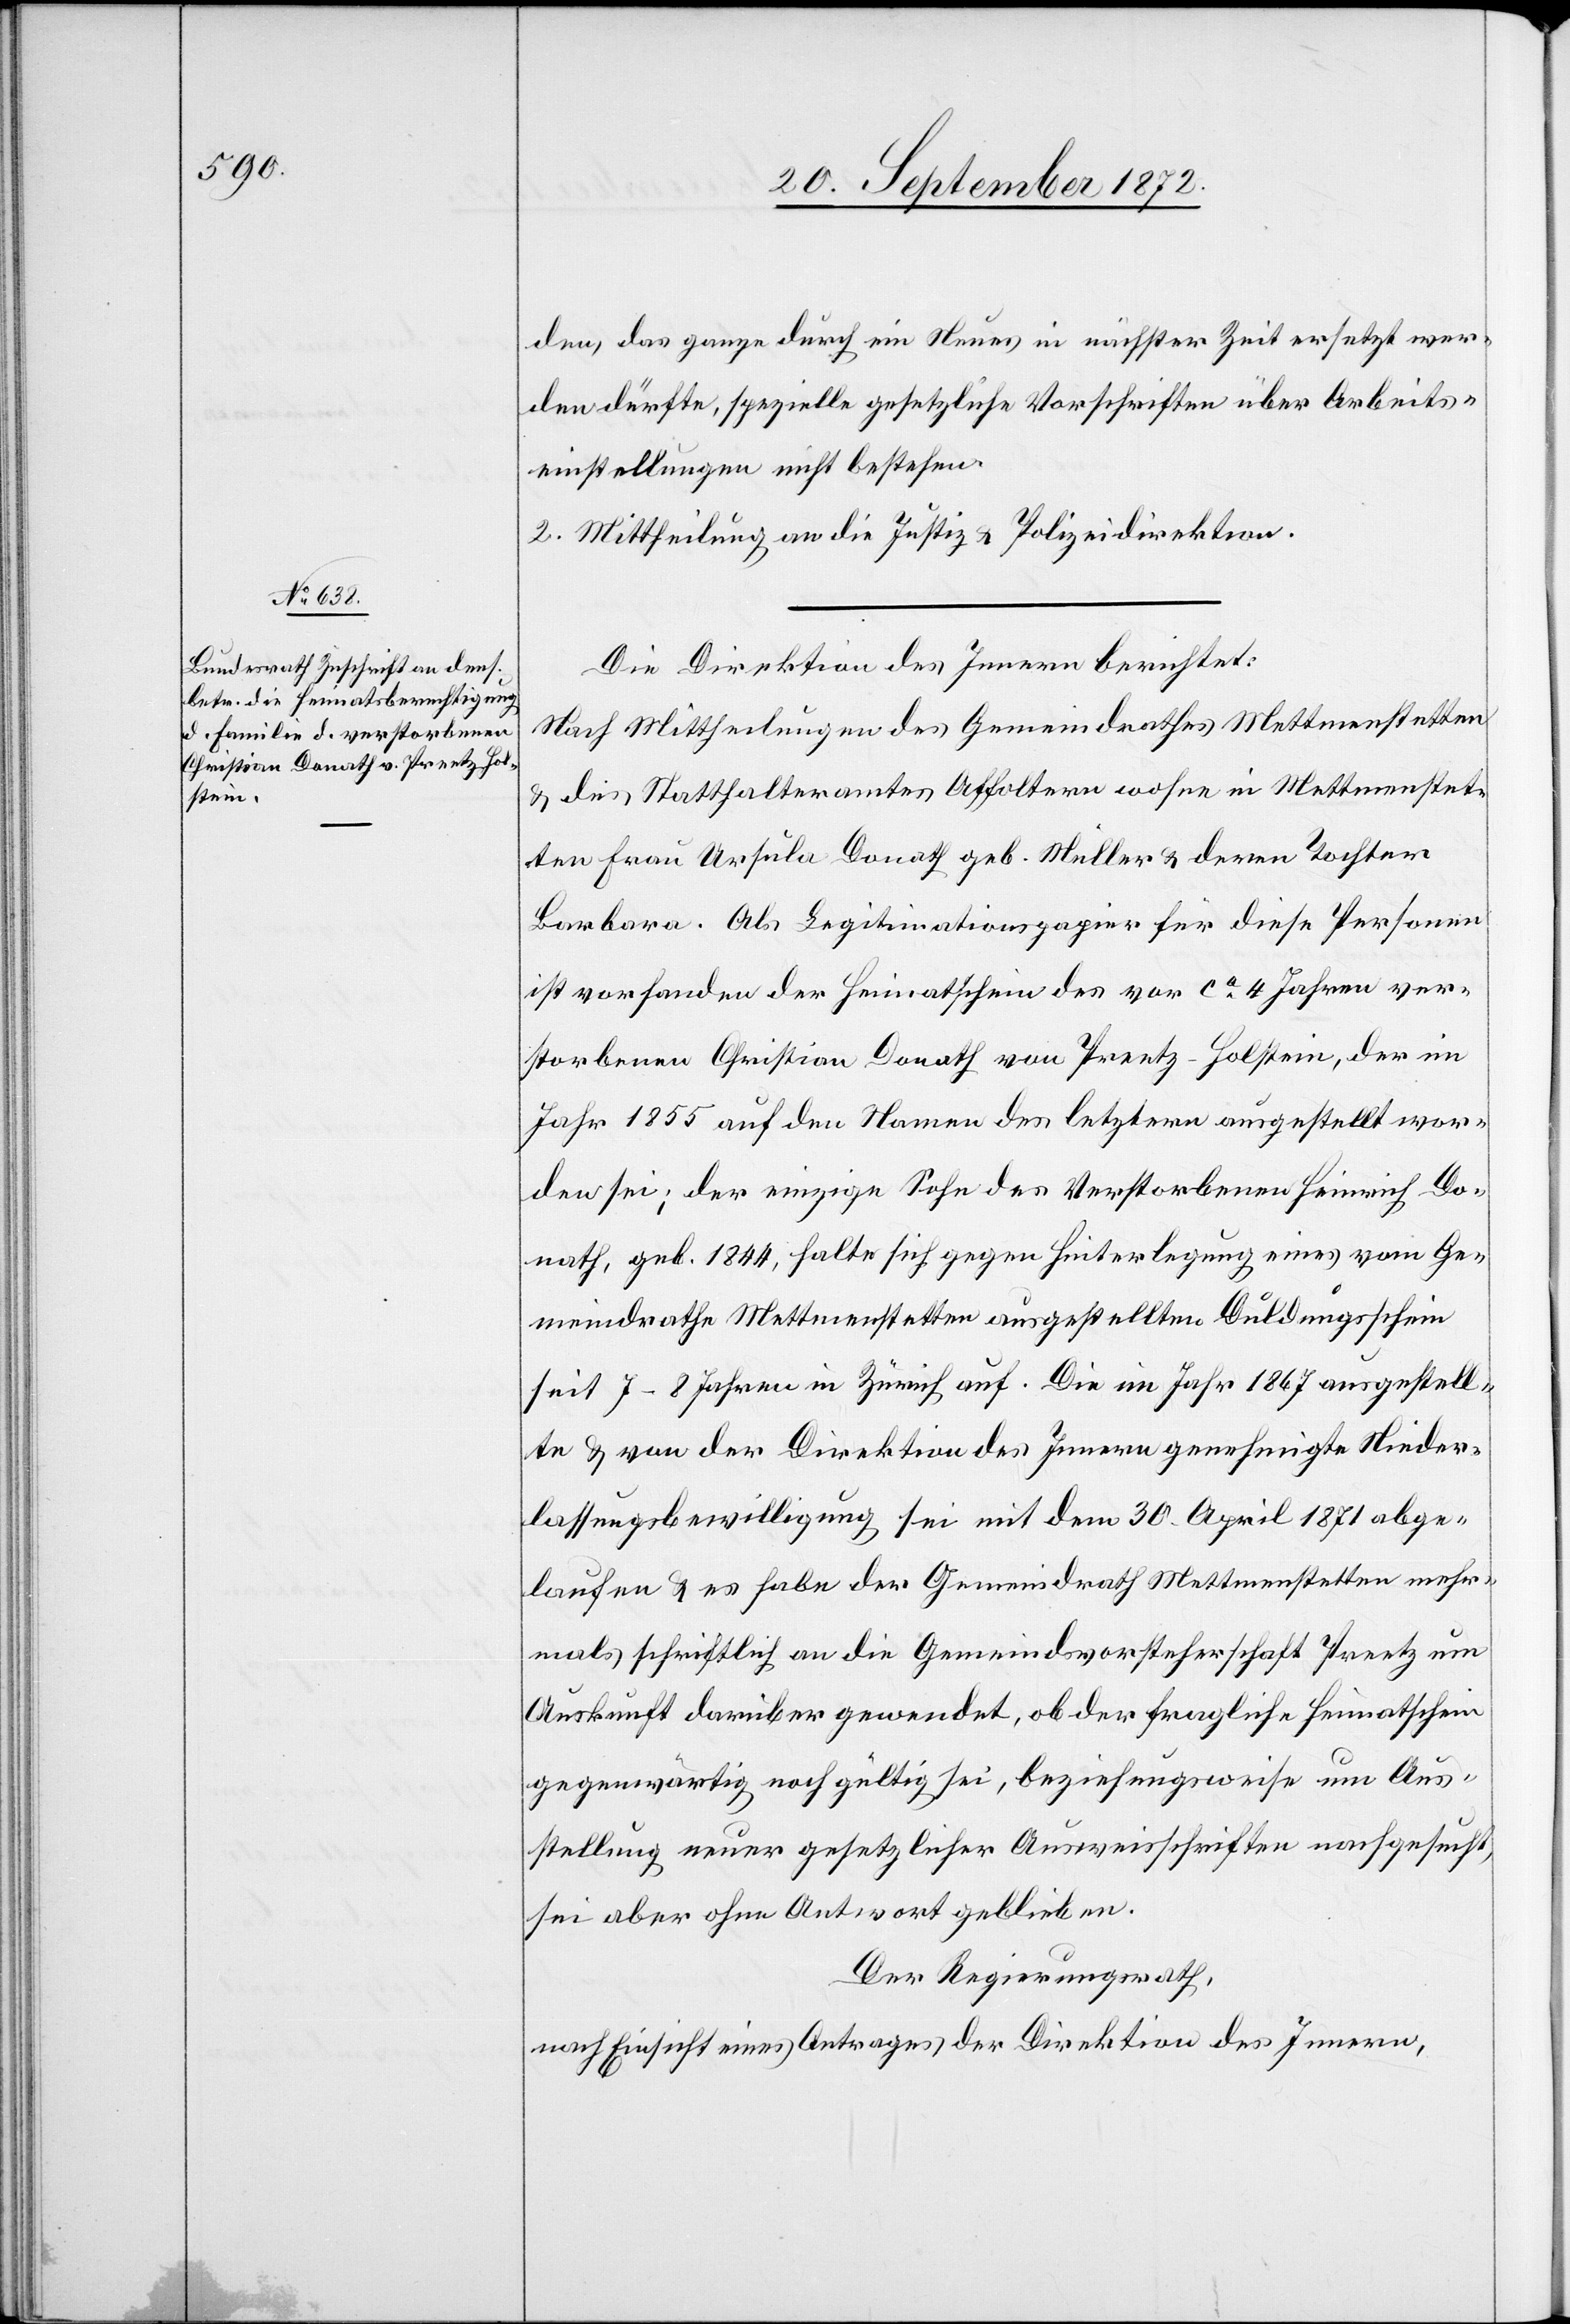
den, das ganze durch ein Neues in nächster Zeit ersetzt wer¬
den dürfte, spezielle gesetzliche Vorschriften über Arbeits¬
einstellungen nicht bestehen.
2. Mittheilung an die Justiz- u. Polizeidirektion.
Die Direktion des Innern berichtet:
Nach Mittheilungen des Gemeindrathes Mettmenstetten
u. des Statthalteramtes Affoltern wohne in Mettmenstet¬
ten Frau Ursula Donath geb. Müller u. deren Tochter
Barbara. Als Legitimationspapier für diese Personen
ist vorhanden der Heimatschein des vor ca 4 Jahren ver¬
storbenen Christian Donath von Preetz-Holstein, der im
Jahr 1855 auf den Namen des letztern ausgestellt wor¬
den sei; der einzige Sohn des Verstorbenen Heinrich Do¬
nat, geb. 1844, halte sich gegen Hinterlegung eines vom Ge¬
meindrathe Mettmenstetten ausgestellten Duldungsschein
seit 7–8 Jahren in Zürich auf. Die im Jahr 1867 ausgestell¬
te u. von der Direktion des Innern genehmigte Nieder¬
lassungsbewilligung sei mit dem 30. April 1871 abge¬
laufen u. es habe der Gemeindrath Mettmenstetten mehr¬
mals schriftlich an die Gemeindsvorsteherschaft Preetz um
Auskunft darüber gewendet, ob der fragliche Heimatschein
gegenwärtig noch gültig sei, beziehungsweise um Aus¬
stellung neuer gesetzlicher Ausweisschriften nachgesucht,
sei aber ohne Antwort geblieben.
Der Regierungsrath,
nach Einsicht eines Antrages der Direktion des Innern,